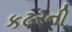
કટરની